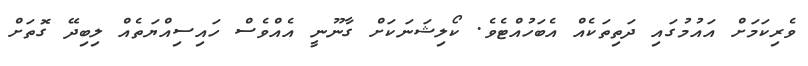
ވެރިކަމަށް އައުމުގައި ދަތިތަކެއް އެބަހުއްޓެވެ. ކޯލިޝަނަކަށް ގާނޫނީ އެއްވެސް ހައިސިއްޔަތެއް ލިބިދޭ ގޮތަށް